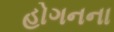
હોગનના